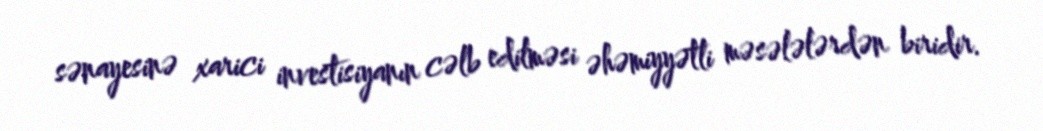
sənayesinə xarici investisiyanın cəlb edilməsi əhəmiyyətli məsələlərdən biridir.